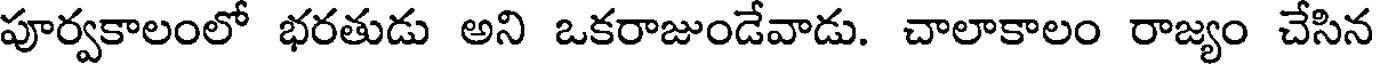
పూర్వకాలంలో భరతుడు అని ఒకరాజుండేవాడు. చాలాకాలం రాజ్యం చేసిన